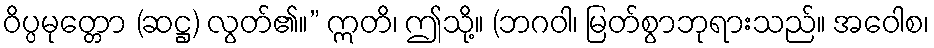
ဝိပ္ပမုတ္တော (ဆဋ္ဌ) လွတ်၏။” ဣတိ၊ ဤသို့။ (ဘဂဝါ၊ မြတ်စွာဘုရားသည်။ အဝေါစ၊